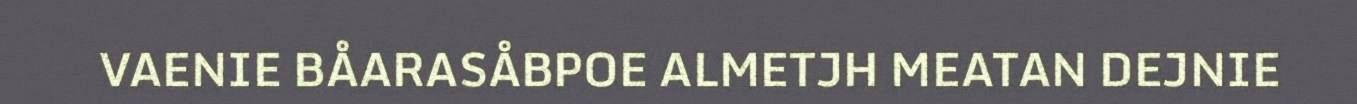
VAENIE BÅARASÅBPOE ALMETJH MEATAN DEJNIE